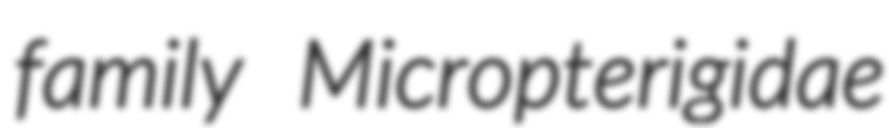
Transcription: family Micropterigidae